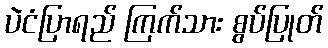
ပဲငံပြာရည် ကြက်သား စွပ်ပြုတ်